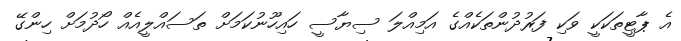
އެ ޕާޓީތަކަކީ ވަކި ފަރުދުންތަކެއްގެ އަމިއްލަ ސިޔާސީ ހައިހޫނުކަމަށް ތަސައްލީއެއް ހޯދުމަށް ހިންގޭ